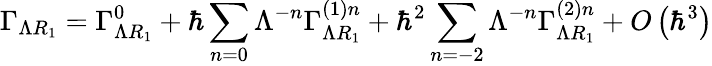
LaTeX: \Gamma_{\Lambda R_{1}}=\Gamma_{\Lambda R_{1}}^{0}+\hbar\sum_{n=0}\Lambda^{-n}\Gamma_{\Lambda R_{1}}^{\left(1\right)n}+\hbar^{2}\sum_{n=-2}\Lambda^{-n}\Gamma_{\Lambda R_{1}}^{\left(2\right)n}+O\left(\hbar^{3}\right)